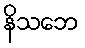
နိသဘေ